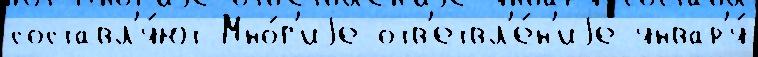
составл'я́ют Мно́г'иjе отв'етвл'е́н'иjе январ'я́